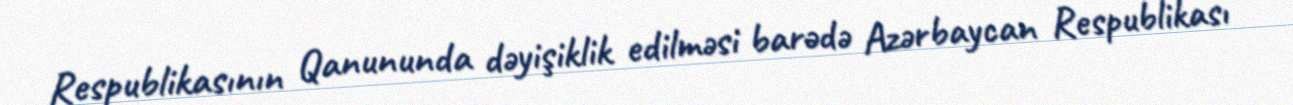
Respublikasının Qanununda dəyişiklik edilməsi barədə Azərbaycan Respublikası